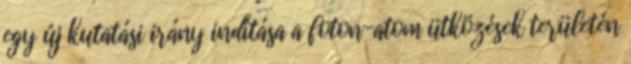
egy új kutatási irány indítása a foton-atom ütközések területén